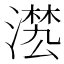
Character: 𣽕